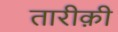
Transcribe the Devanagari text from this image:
तारीक़ी